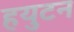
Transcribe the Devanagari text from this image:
हयुटन